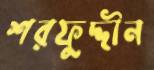
শরফুদ্দীন